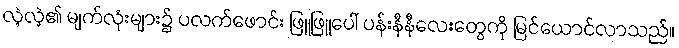
လဲ့လဲ့၏ မျက်လုံးများ၌ ပလက်ဖောင်း ဖြူဖြူပေါ် ပန်းနီနီလေးတွေကို မြင်ယောင်လာသည်။